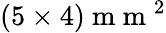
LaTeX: (5\times 4)\mathrm{~m~m~}^{2}